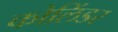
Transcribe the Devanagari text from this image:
कोलिंडर